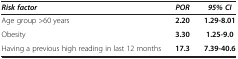
<table><thead><tr><td><b><i>Risk factor</i></b></td><td><b><i>POR</i></b></td><td><b><i>95% CI</i></b></td></tr></thead><tbody><tr><td>Age group &gt;60 years</td><td><b>2.20</b></td><td><b>1.29-8.01</b></td></tr><tr><td>Obesity</td><td><b>3.30</b></td><td><b>1.25-9.0</b></td></tr><tr><td>Having a previous high reading in last 12 months</td><td><b>17.3</b></td><td><b>7.39-40.6</b></td></tr></tbody></table>